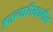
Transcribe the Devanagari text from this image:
अख्त्यारीखालील